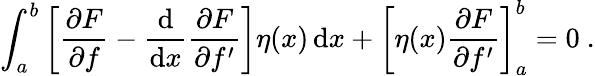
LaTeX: \int_{a}^{b}\left[{\frac{\partial F}{\partial f}}-{\frac{\mathrm{d}}{\mathrm{d}x}}{\frac{\partial F}{\partial f^{\prime}}}\right]\eta(x)\, \mathrm{d}x+\left[\eta(x){\frac{\partial F}{\partial f^{\prime}}}\right]_{a}^{b}=0\ .